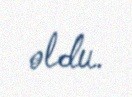
oldu.